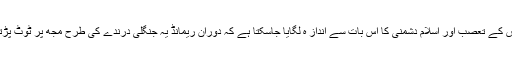
اس کے تعصب اور اسلام دشمنی کا اس بات سے انداز ہ لگایا جاسکتا ہے کہ دورانِ ریمانڈ یہ جنگلی درندے کی طرح مجھ پر ٹوٹ پڑتا۔